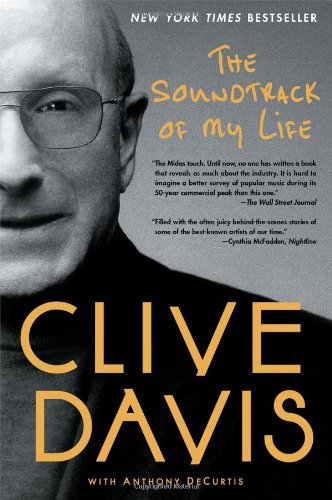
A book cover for The Soundtrack of My Life; Clive Davis; Arts & Photography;